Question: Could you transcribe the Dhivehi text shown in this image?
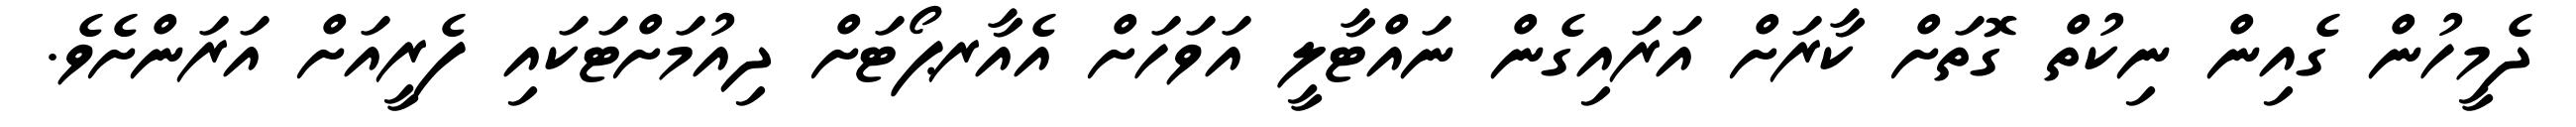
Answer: ދެމީހުން ގެއިން ނިކުތް ގޮތަށް ކާރަށް އަރައިގެން ނައްޓާލީ އަވަހަށް އެއާރޕޯޓަށް ދިއުމަށްޓަކައި ފެރީއަށް އަރަންށެވެ.